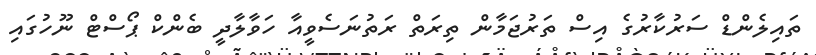
ތައިލެންޑް ސަރުކާރުގެ އިސް ތަރުޖަމާން ތިރަތް ރަތުނަސެވީއާ ހަވާލާދީ ބެންކް ޕޯސްޓް ނޫހުގައި